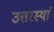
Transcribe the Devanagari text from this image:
उत्तरस्यां